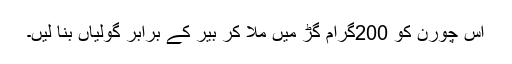
اس چورن کو 200گرام گڑ میں ملا کر بیر کے برابر گولیاں بنا لیں۔